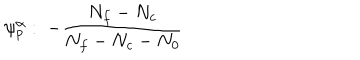
LaTeX: \psi _ { p } ^ { \alpha } : \; - \frac { N _ { f } - N _ { c } } { N _ { f } - N _ { c } - N _ { 0 } }